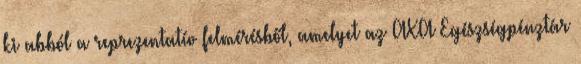
ki abból a reprezentatív felmérésből, amelyet az AXA Egészségpénztár